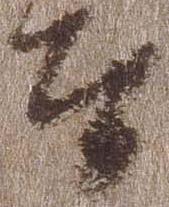
者